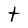
Character: t